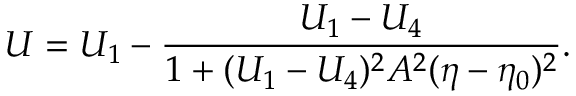
U = U _ { 1 } - \frac { U _ { 1 } - U _ { 4 } } { 1 + ( U _ { 1 } - U _ { 4 } ) ^ { 2 } A ^ { 2 } ( \eta - \eta _ { 0 } ) ^ { 2 } } .